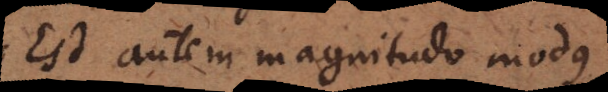
Est autem magnitudo modus